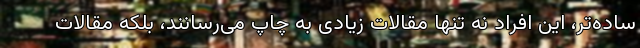
ساده‌تر، این افراد نه تنها مقالات زیادی به چاپ می‌رسانند، بلکه مقالات